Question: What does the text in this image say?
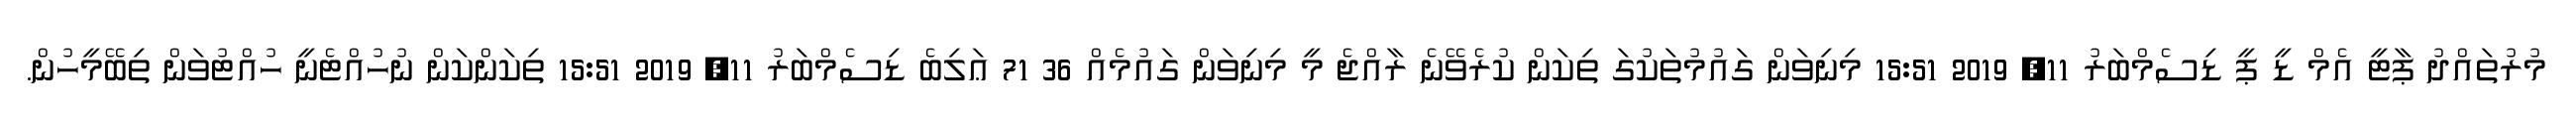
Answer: މުރުތައްދު ޕާޓީ އެމް ޑީ ޕީ ޑިސެމްބަރު 11, 2019 15:51 މިނިވަން ގައުމުތަކުގަ ތިކަން ކުރެވޭނެ ރާއްޖެ މީ މިނިވަން ގައުމެއް 36 71 ޢަލިބެ ޑިސެމްބަރު 11, 2019 15:51 ތިކަންކަން ނުހުއްޓެނީ ހުއްޓުވަން ތިބޭމީހުން.